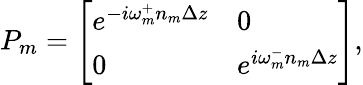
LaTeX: P_{m}=\left[\begin{array}{ll}{e^{-i\omega_{m}^{+}n_{m}\Delta z}}&{0}\\ {0}&{e^{i\omega_{m}^{-}n_{m}\Delta z}}\end{array}\right],